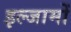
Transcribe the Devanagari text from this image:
इल्जामों